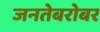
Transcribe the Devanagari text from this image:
जनतेबरोबर